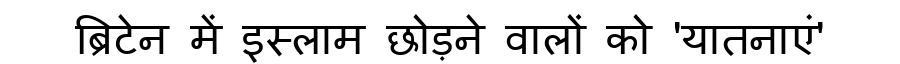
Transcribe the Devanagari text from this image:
ब्रिटेन में इस्लाम छोड़ने वालों को 'यातनाएं'